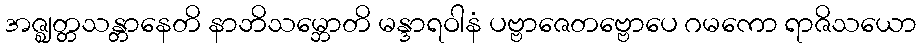
အဇ္ဈတ္တသန္တာနေတိ နာဘိသမ္ဘောတိ မန္ဒာရဝါနံ ပဗ္ဗာဇေတဗ္ဗောပေ ဂမကော ရာဇိသယော